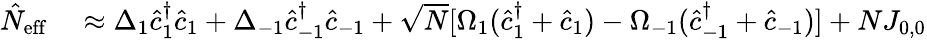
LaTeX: \begin{array}{rl}{\hat{N}_{\mathrm{eff}}}&{{}\approx\Delta_{1}\hat{c}_{1}^{\dagger}\hat{c}_{1}+\Delta_{-1}\hat{c}_{-1}^{\dagger}\hat{c}_{-1}+\sqrt{N}[\Omega_{1}(\hat{c}_{1}^{\dagger}+\hat{c}_{1})-\Omega_{-1}(\hat{c}_{-1}^{\dagger}+\hat{c}_{-1})]+NJ_{0,0}}\end{array}